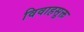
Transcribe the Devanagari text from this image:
विवाहसूक्त